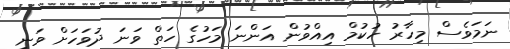
ނަމަވެސް މިހާރު ހުކުމް އިއްވުން އަންނަ މަހުގެ ހަތް ވަނަ ދުވަހަށް ވަނި